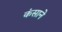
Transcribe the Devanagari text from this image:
कंसाने